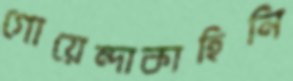
গোয়েন্দাকাহিনি